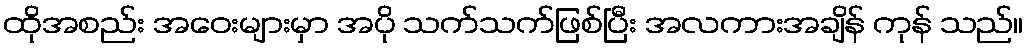
ထိုအစည်း အဝေးများမှာ အပို သက်သက်ဖြစ်ပြီး အလကားအချိန် ကုန် သည်။